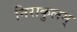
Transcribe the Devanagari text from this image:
निराकुलम्